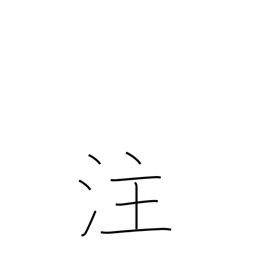
Meaning: irrigate